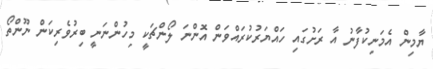
ޔާމިން އެމަނިކުފާނު އާ ރަށުގައި ހައްޔަރުކުރައްވަން އޮންނަ ލޯންޗަކީ މިހުންނަނީ ބިރުވެރިކަން ނޫންތޯ